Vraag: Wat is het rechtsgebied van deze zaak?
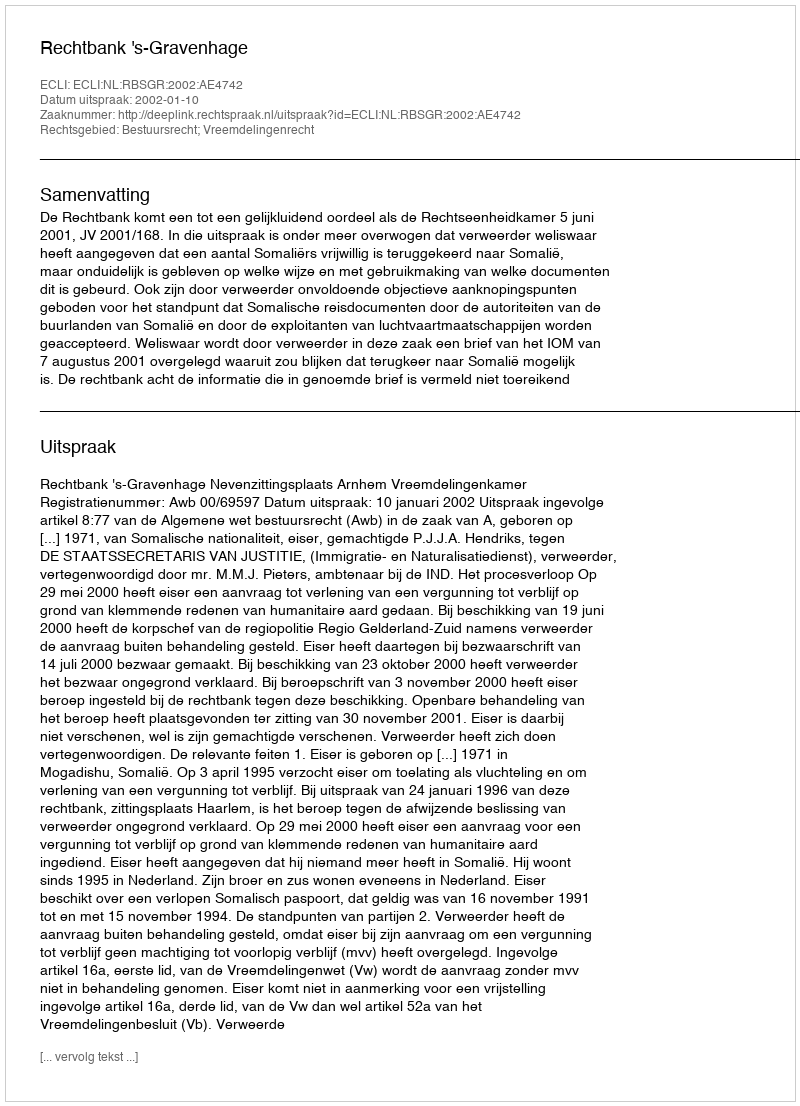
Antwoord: Bestuursrecht; Vreemdelingenrecht